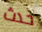
حدث